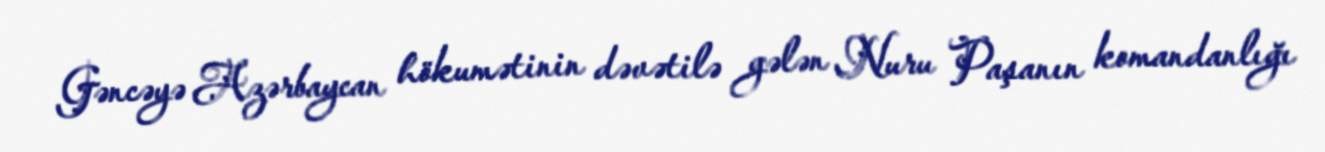
Gəncəyə Azərbaycan hökumətinin dəvətilə gələn Nuru Paşanın komandanlığı